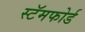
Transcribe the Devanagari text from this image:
स्टॅमफोर्ड